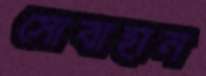
সোবাহান